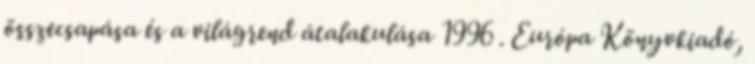
összecsapása és a világrend átalakulása 1996 . Európa Könyvkiadó,